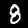
Label: 8